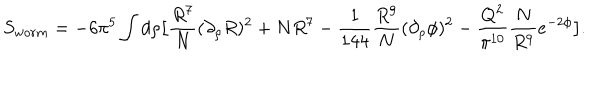
S _ { w o r m } = - 6 \pi ^ { 5 } \int d \rho \big [ { \frac { R ^ { 7 } } { N } } ( \partial _ { \rho } R ) ^ { 2 } + N R ^ { 7 } - { \frac { 1 } { 1 4 4 } } { \frac { R ^ { 9 } } { N } } ( \partial _ { \rho } \phi ) ^ { 2 } - { \frac { Q ^ { 2 } } { \pi ^ { 1 0 } } } { \frac { N } { R ^ { 9 } } } e ^ { - 2 \phi } \big ] .